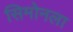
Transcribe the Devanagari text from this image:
सिमोनला